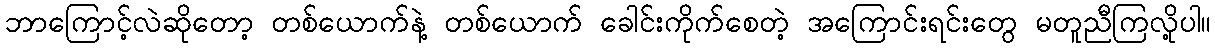
ဘာကြောင့်လဲဆိုတော့ တစ်ယောက်နဲ့ တစ်ယောက် ခေါင်းကိုက်စေတဲ့ အကြောင်းရင်းတွေ မတူညီကြလို့ပါ။